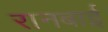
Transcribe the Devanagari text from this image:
रानबाई